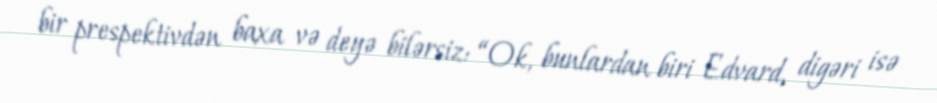
bir prespektivdən baxa və deyə bilərsiz: “Ok, bunlardan biri Edvard, digəri isə